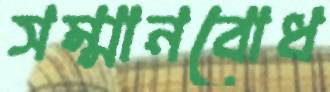
সম্মানবোধ